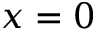
x = 0